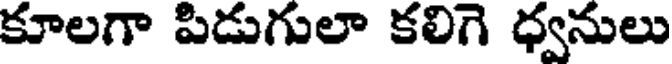
కూలగా పిడుగులా కలిగె ధ్వనులు